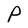
Character: P